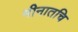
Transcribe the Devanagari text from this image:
मीनातचि